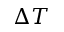
\Delta T